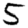
Digit: 5